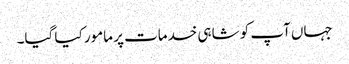
جہاں آپ کو شاہی خدمات پر مامور کیا گیا۔